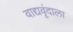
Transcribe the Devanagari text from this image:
वाद्यवृंदाला